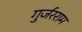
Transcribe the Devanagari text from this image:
गुर्जरराम